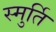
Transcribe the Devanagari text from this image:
स्मुर्ति